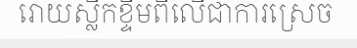
រោយស្លឹកខ្ទឹមពីលើជាការស្រេច